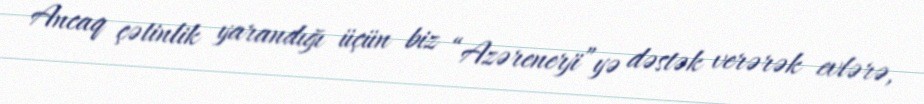
Ancaq çətinlik yarandığı üçün biz “Azərenerji”yə dəstək verərək evlərə,